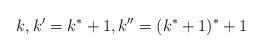
LaTeX: \begin{align*}k,k'=k^*+1,k''=(k^*+1)^*+1\end{align*}